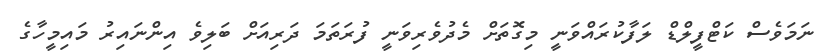
ނަމަވެސް ކަޓްފީލްޑް ލަފާކުރައްވަނީ މިގޮތަށް މެދުވެރިވަނީ ފުރަތަމަ ދަރިއަށް ބަލިވެ އިންނައިރު މައިމީހާގެ